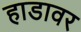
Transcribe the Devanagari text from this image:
हाडावर